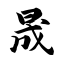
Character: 晟